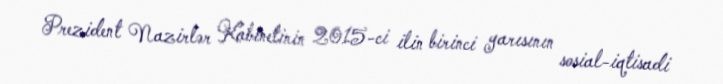
Prezident Nazirlər Kabinetinin 2015-ci ilin birinci yarısının sosial-iqtisadi